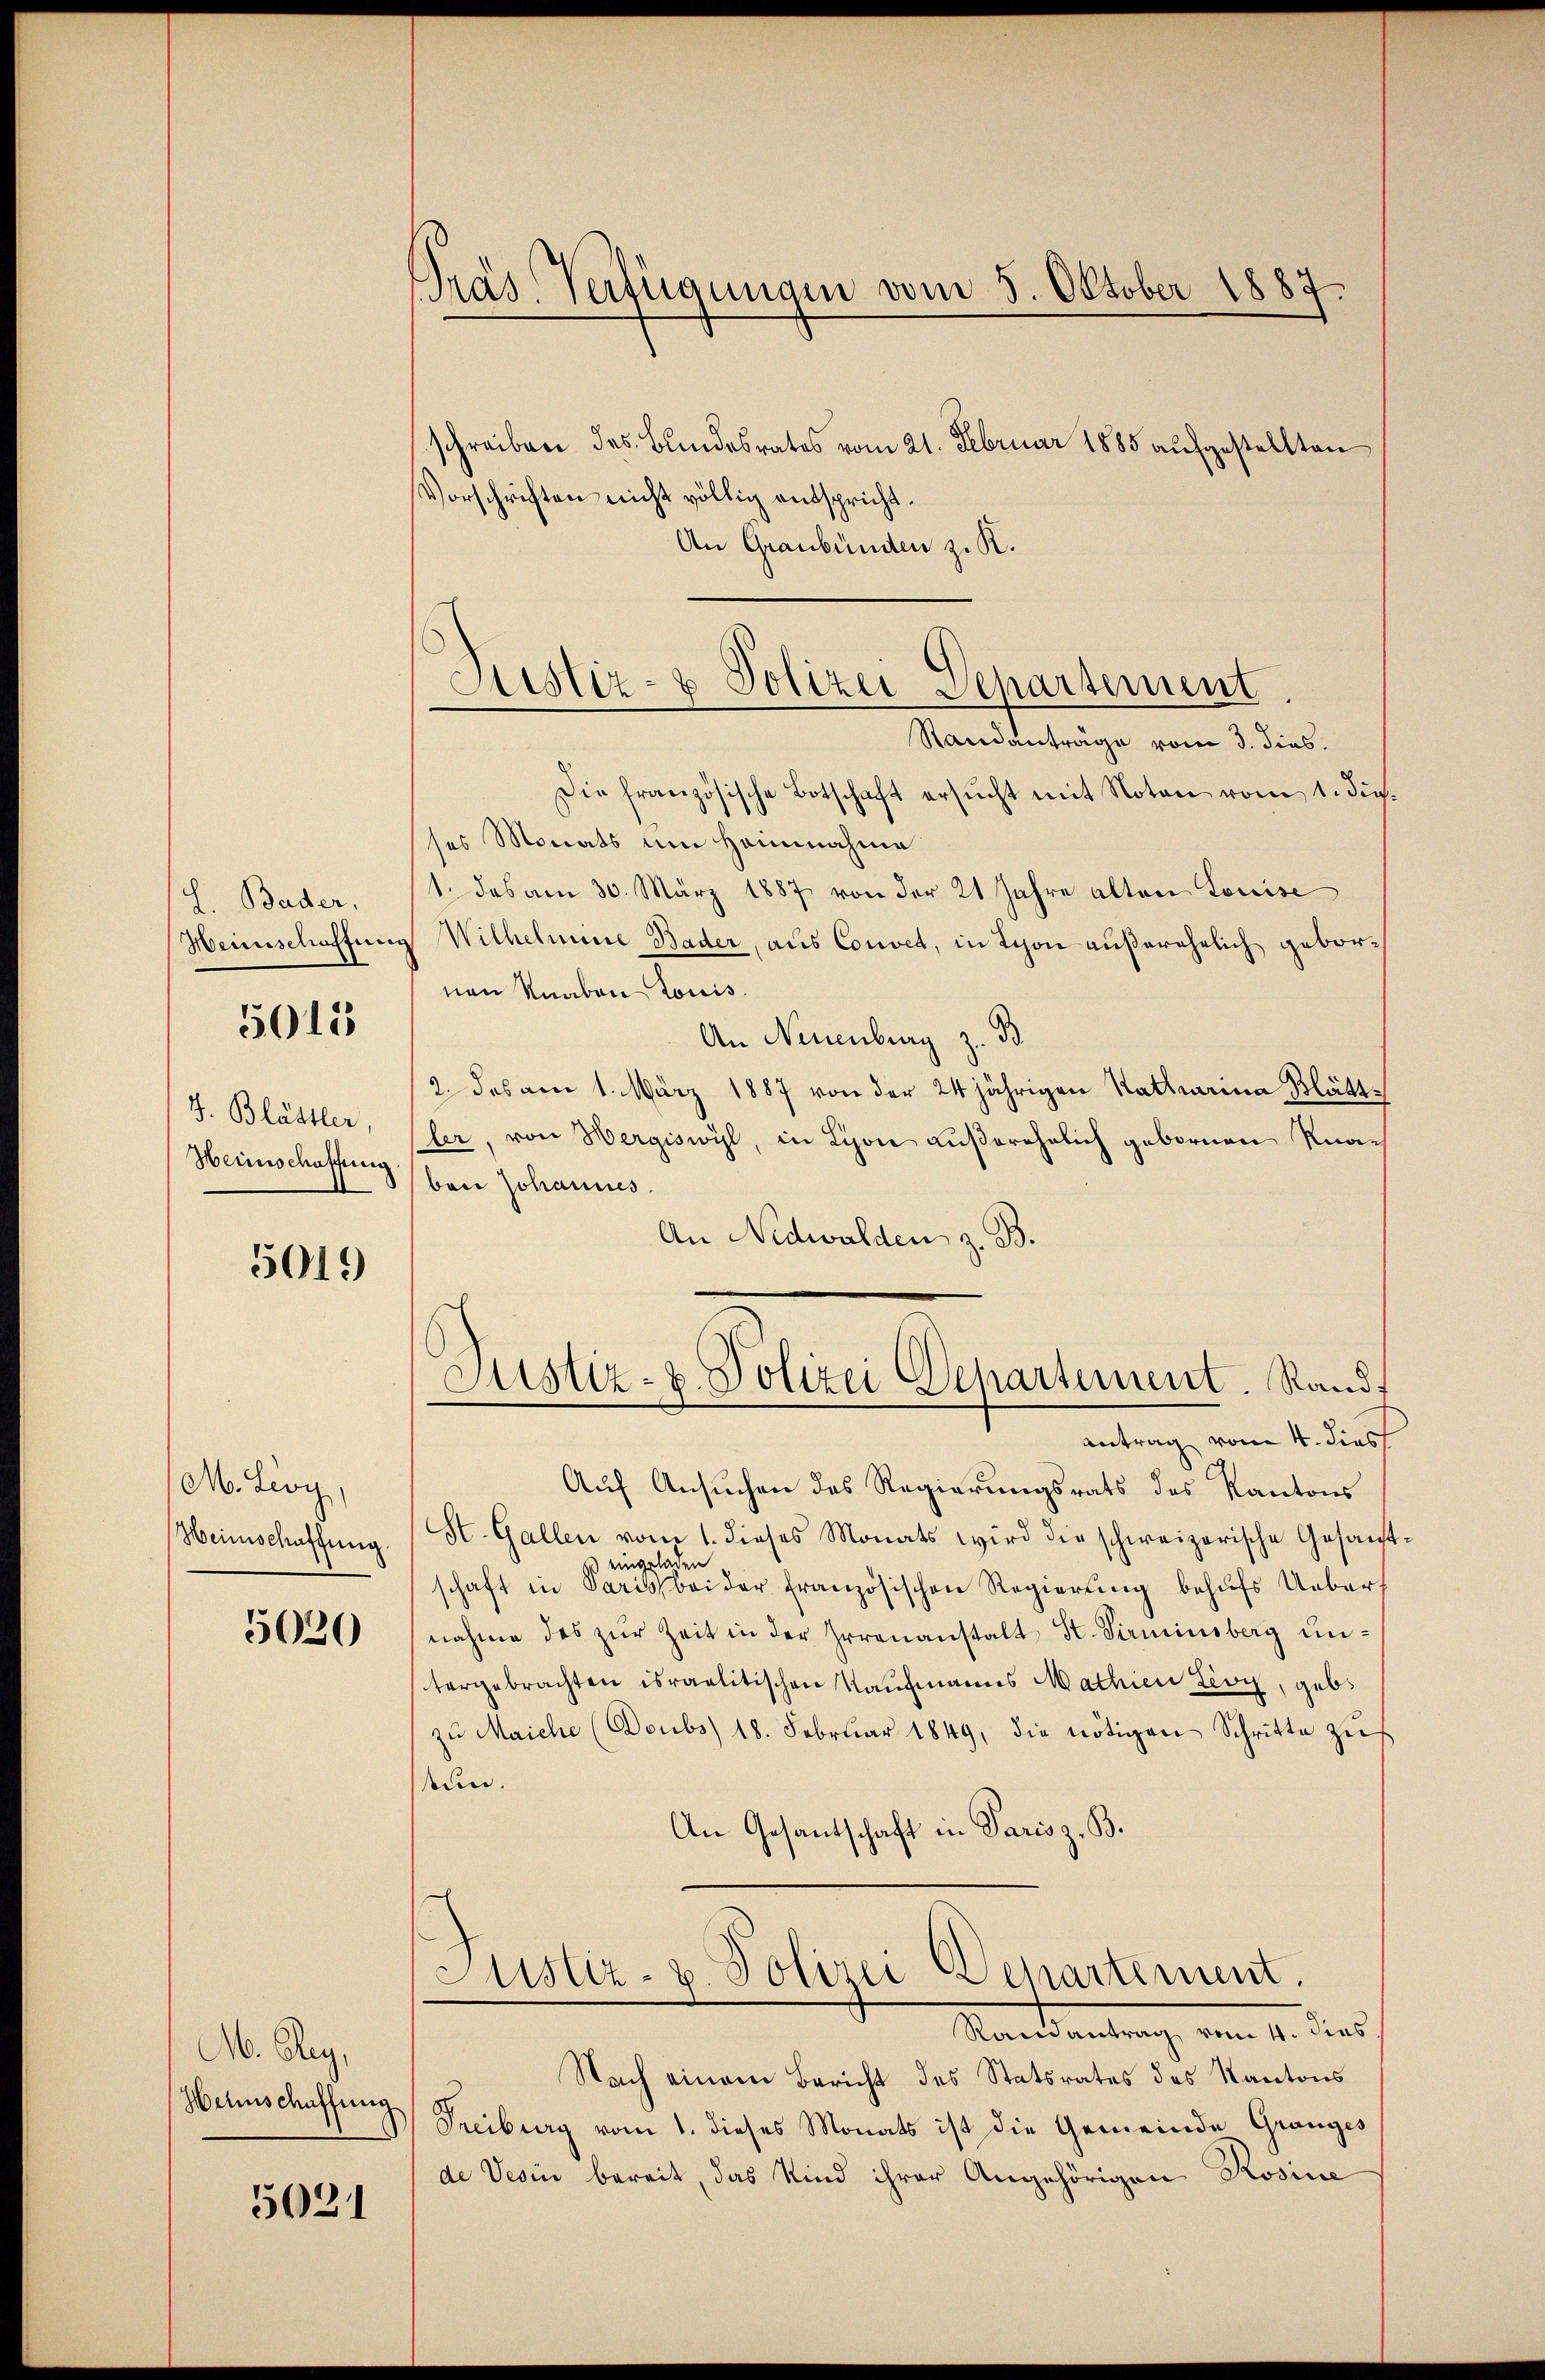
L. Bader,
Heinschaffens

5015

J. Blättler,
Heimschaffung

5019

M. Lioy,
Heinschaffung.

5020

A. Rey,
Heimschaffung

5021

Präs. Verfügungen vom 8. Oktober 1887.

Sistiz- & Polizei Departement
Randanträge vom 3. dies

schreiben des Bundesrates vom 21. Februar 1885 aufgestellten
Vorschriften nicht völlig entspricht.
An Graubünden z. K.
Die französische Botschaft ersŭcht mit Noten vom 1. d.
ses Monats um Heinnahme
1. das am 30. März 1887 von der 21 Jahre alten Louise
Wilhelmine Bader, aus Convet, in Schon außerehelich geborvon Knaben Louis.
An Neuenburg z. B.
2. das am 1. März 1887 von der 24 jährigen Stattmeine Blättler, von Hergiswyl, in Lison außerehelich gebornen Knabon Johannes.
An Nidwalden z. B.
Justiz- u. Polizei Departement. Randf
antrag vom 4. dies
Auf Ansuchen des Regierungsrats des Kantons
St. Gallen vom 1. dieses Monats wird die schweizerische Gesandt
 eingeladen
schaft in Paris bei der französischen Regierung behufs Uebernahme das zŭr Zeit in der Irrenanstalt St. Pirminsberg untergebrachten israelitischen Kaufmanns Mathien Lion, geb.
zŭ Maiche (Doubs 18. Febrŭar 1849, die nötigen Schritte zŭs
tun.
An Gesantschaft in Paris z. B.
Justiz- & Polizei Departement.
Ramantrag vom 4. dies
Nach einem Bericht des Statsrates des Kantons
Freiburg vom 1. dieses Monats ist die Gemeinde Granges
de Verin bereit, das Kind ihrer Angehörigen Rosine